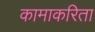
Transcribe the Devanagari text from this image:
कामाकरिता